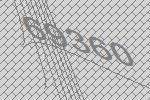
69360